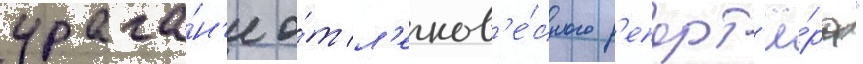
урага́н'е о́т л'егков'е́сного р'епорт'ё́ра"